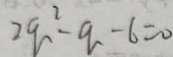
2 q ^ { 2 } - q - 6 = 0